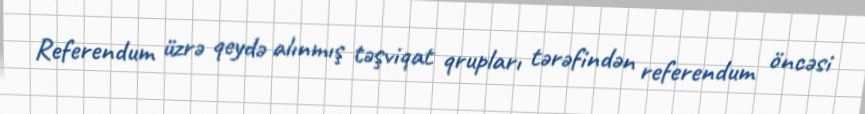
Referendum üzrə qeydə alınmış təşviqat qrupları tərəfindən referendum öncəsi